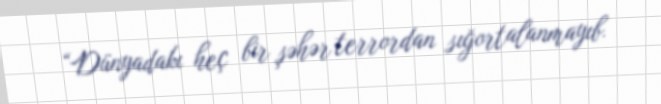
“Dünyadakı heç bir şəhər terrordan sığortalanmayıb.